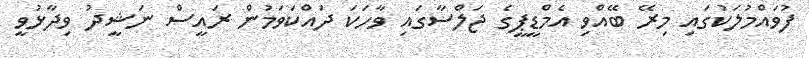
ފުވައްމުލަކުގައި މިރޭ ބޭއްވި އެމްޑީޕީގެ ޖަލްސާގައި ވާހަކަ ދައްކަވަމުން ރައީސް ނަޝީދު ވިދާޅުވީ